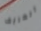
العريف